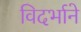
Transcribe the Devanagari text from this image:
विदर्भाने